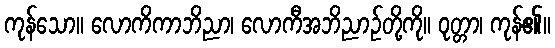
ကုန်သော။ လောကိကာဘိညာ၊ လောကီအဘိညာဉ်တို့ကို။ ဝုတ္တာ၊ ကုန်၏။